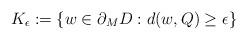
LaTeX: \begin{align*}K_{\epsilon}:=\left\{w\in \partial_M D: d(w, Q) \ge \epsilon\right\}\end{align*}